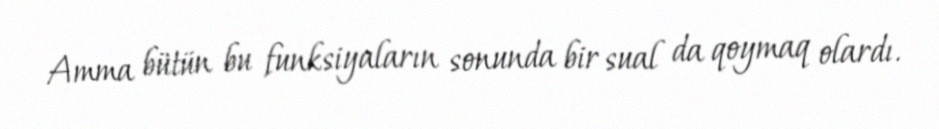
Amma bütün bu funksiyaların sonunda bir sual da qoymaq olardı.